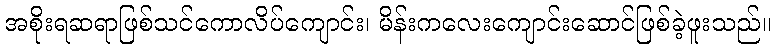
အစိုးရဆရာဖြစ်သင်ကောလိပ်ကျောင်း၊ မိန်းကလေးကျောင်းဆောင်ဖြစ်ခဲ့ဖူးသည်။